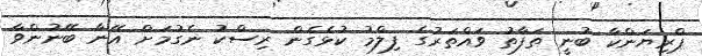
ޕްރިޔަންކާ ބުނީ ތަފާތު ވައްތަރުގެ ފިލްމު ކުޅެގެން ރިސްކު ނެގުމަށް އޭނާ ބޭނުންވާ